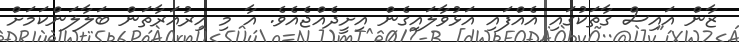
ޒާން އައިސް ގާތަކުގައި އެއްފައި އަޅުވާލައިގެން އިށީދެއްޖެއެވެ. އާ މި އިރުއަރާތަން ބަލާލަންކަމަށް